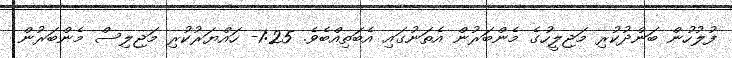
ފުލުހުން ބަންދުކުރި މަޖިލީހުގެ މެންބަރުން އެތަނުގައި އެބަތިއްބެވެ. 1:25- ހައްޔަރުކުރި މަޖިލިސް މެންބަރުން